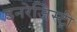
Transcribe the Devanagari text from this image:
इनरेजिस्ट्री